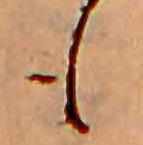
も